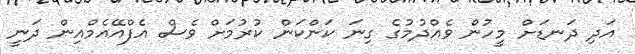
އަދި ދަނޑަށް މީހުން ވެއްދުމުގެ ގިނަ ކަންކަން ކުރުމަށް ވެސް އެފްއޭއެމްއިން ދަނީ